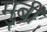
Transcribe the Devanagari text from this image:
मुर्बी